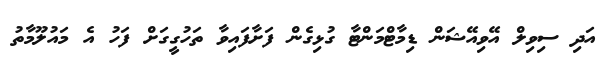
އަދި ސިވިލް އޭވިއޭޝަން ޑިމާޓްމަންޓާ ގުޅިގެން ފަށާފައިވާ ތަހުގީގަށް ފަހު އެ މައުލޫމާތު